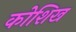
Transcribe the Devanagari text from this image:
कोशिख